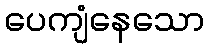
ပေကျံနေသော